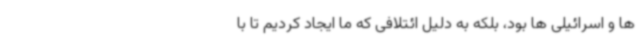
ها و اسرائیلی ها بود، بلکه به دلیل ائتلافی که ما ایجاد کردیم تا با